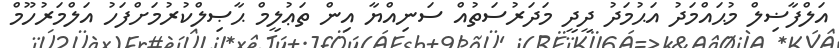
އަލްފާޟިލް މުޙައްމަދު އަޙުމަދު ދީދީ މަދަރުސަތުއް ސަނިއްޔާ އިން ތަޢުލީމް ޙާޞިލްކުރުމަށްފަހު އަލްމަރުހޫމް